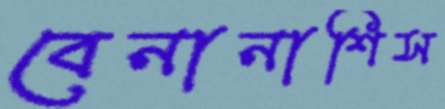
বেনানাশিস